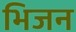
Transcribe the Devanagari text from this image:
भिजन